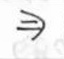
\Rightarrow